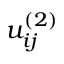
u _ { i j } ^ { ( 2 ) }